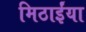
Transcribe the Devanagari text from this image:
मिठाईंया